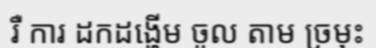
រឺ ការ ដកដង្ហើម ចូល តាម ច្រមុះ